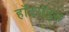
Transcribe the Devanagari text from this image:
हॉटरॉड्स